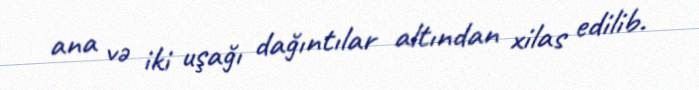
ana və iki uşağı dağıntılar altından xilas edilib.